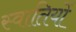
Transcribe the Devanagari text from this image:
स्वातियों